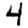
Digit: 4